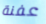
عفنة